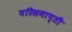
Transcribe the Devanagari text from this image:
परिसमाप्ती